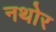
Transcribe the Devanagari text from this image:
नथोर